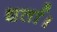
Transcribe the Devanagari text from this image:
धर्ता।